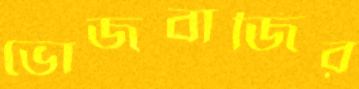
ভোজবাজির